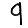
Digit: 9